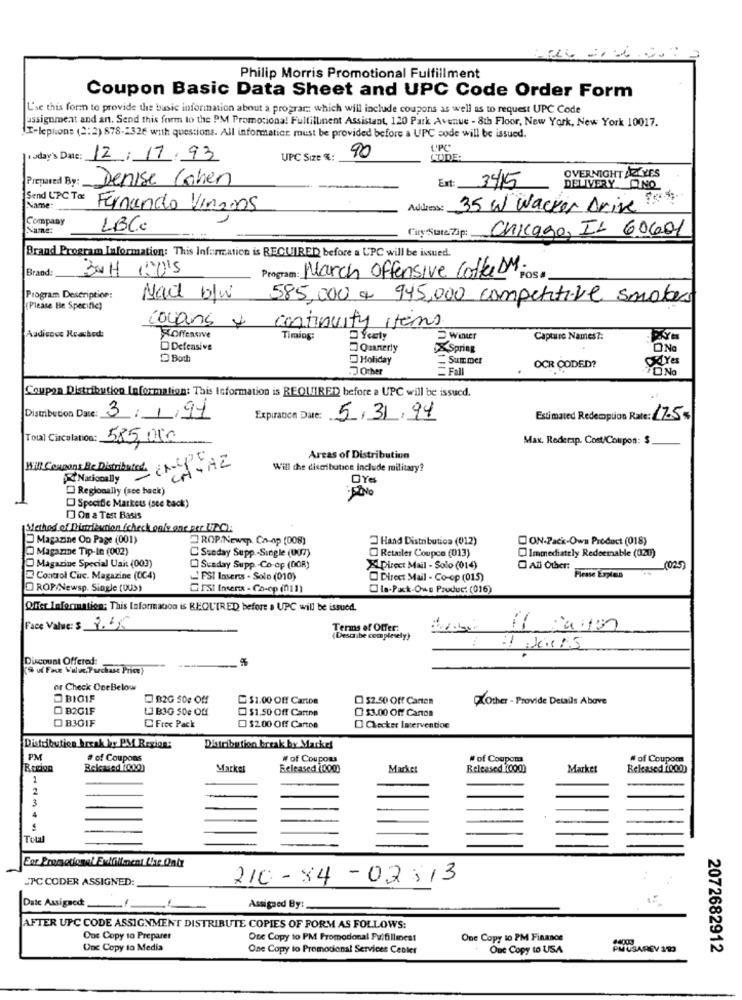
Philip Morris Promotional Fulfillment
Coupon Basic Data Sheet and UPC Code Order Form
L'se this form to provide the basic information about a prograr .: which will include coupons as well as to request UPC Code
assignment and ant. Send this form to the PM Promociona! Fulfillinent Assistant, 120 Park Avenue - 8th Floor, New York, New York 10017.
Telephone (2: 2) 878-2326 with questions. All informatics must be provided before a UPC code will be issued.
UPC
today's Date: 12/17/93
UPC Size %:
90
CODE:
OVERNIGHT JELYES
Prepared By:
Denise Cohen
Ext: 34/15
DELIVERY ONO
Send L'PC To:
Name:
Fernando Vinzons
Address:
35 W Wacker Drive
Company
LBC.
CiryStare Zip:
Chicago, IL 60601
Brand Program Information: This Information is REQUIRED before a UPC will be issued.
Brand:
BOH 100'S
Program: March Offensive Coffee DM Rosa
Program Description:
Mail blw
585,000 € 945,000 competitive smokers
(Please Be Specific)
coupons + continuity items.
Audience Reasked:
KOffensive
Timing:
DYcely
Winter
Capture Names ?:
D Defensive
Query
Spring
ONO
Both
Holiday
- Summer
Od Yes
Other
Fall
OCR CODED?
TO NO
Coupon Distribution Information: This Information is REQUIRED before a UPC will be issued.
Distribution Date: 3/1/91
Expiration Date: 5/31/94
Estimated Redemption Rate: [7-5%
Total Circulation:
585,000
Max. Rederap. Cost/Coupon: $
Areas of Distribution
Will Coupons Be Distributed. 1-15
Will che distribution include military?
Nationally
OYes
Regionally (see hack)
Specific Markets (see back)
On & Test Basis
Method of Distribution (check only one per UPO)
Magazine On Page (001)
ROP/Newsp. Ca-ap (008)
Hand Distribution (012)
ON-Pack-Own Product (018)
Magazine Tip-In (002)
Sseday Supp-Single (007)
C Retailer Coupce (013)
Immediately Redeemable (020)
Magazine Special Uait (003)
Sunday Supp .- Co-op (OGR)
XDirect Mail - Solo (014)
O Ati Other:
(025)
Control Circ. Magazine (0C4)
FSI Inserts . Solo (010)
Direct Mail - Co-op (015)
Pirase Laplan
ROP/Newsp. Single (UUS)
PSI Insens - Co-op (011)
- la-Pack-Os Produc: (016)
Offer Information: This Information is REQUIRED before . UPC will be issued.
Face Value: $ 8.45
Terms of Offer:
Describe completely?
Discount Offered:
%
"S uf Face Value, Purchase Price}
or Check OceBelow
BIOIF
B2G 50g Of
$1.00 Off Carton
$2.50 Off Canon
XOther - Provide Details Above
O B2GIF
1.3 B3G 50e Off
$1.50 Off Carton
$3.00 Off Canon
O 830IF
Free Pack
$2.00 Off Carton
O Checker latervention
Distribution break kr PM Region:
Distribution break by Macke!
PM
# of Coupons
# of Coupons
# of Coupona
# of Coupon
Market
Released 1000
Market
Released 1000)
Market
Released 1000)
1
2
3
Total
For Promotional Fulfillment Liar Ontr
SPC CODER ASSIGNED
210-84-02:13
Date Assigned:
Assigned By:
AFTER UPC CODE ASSIGNMENT DISTRIBUTE COPIES OF FORM AS FOLLOWS:
Our Copy to Preparer
One Copy to PM Promocional Fulfillines!
One Copy to PM Finance
Unc Copy to Media
One Copy to Promocional Services Center
One Copy to USA
PMUSAREY 199
2072682912